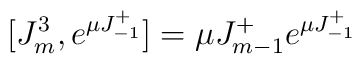
[J^3_m,e^{\mu J^+_{-1}}]=\mu J^+_{m-1} e^{\mu J^+_{-1}}